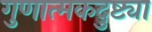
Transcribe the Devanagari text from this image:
गुणात्मकदुष्ट्या